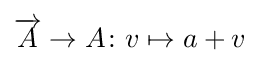
{\overrightarrow {A}}\to A\colon v\mapsto a+v